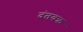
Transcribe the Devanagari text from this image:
दंतवक्र